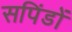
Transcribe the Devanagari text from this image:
सपिंडों